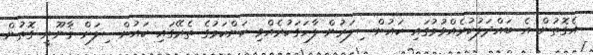
އެގޮތުން އެ ބައްދަލުކުރެއްވުމުގައި ކައުންސިލަރުން ފާހަގަކުރެއްވި ކަންކަމުގެ ތެރޭގައި ކައުންސިލަށް ޤާނޫނީ ގޮތުން